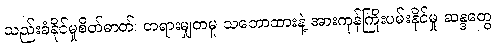
သည်းခံနိုင်မှုစိတ်ဓာတ်၊ တရားမျှတမှု သဘောထားနဲ့ အားကုန်ကြိုးပမ်းနိုင်မှု ဆန္ဒတွေ